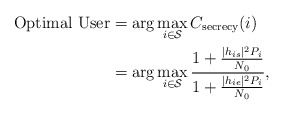
\begin{align*}{\textrm{Optimal User}} &= \arg \mathop {\max }\limits_{i \in {\cal{S}}} {C_{\textrm{secrecy}}}(i) \\&= \arg \mathop {\max }\limits_{i \in {\cal{S}}} \dfrac{{1 + \frac{{|{h_{is}}{|^2}P_i}}{{{N_0}}}}}{{1 + \frac{{|{h_{ie}}{|^2}P_i}}{{{N_0}}}}},\end{align*}